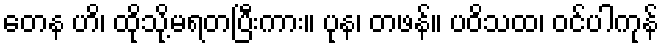
တေန ဟိ၊ ထိုသို့မရတပြီးကား။ ပုန၊ တဖန်။ ပဝိသထ၊ ဝင်ပါကုန်